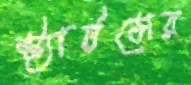
স্ট্যাটসের